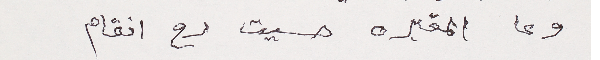
وعا المقبره حسيت رح انقام